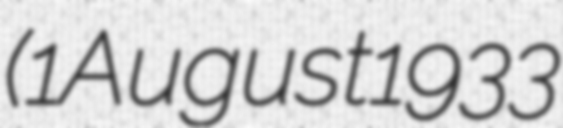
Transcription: (1 August 1933